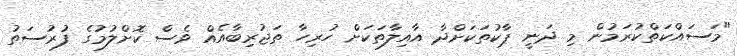
"މަސައްކަތްކުރަމުން މި ދަނީ ޕާކުތަކަށްދާ އާއިލާތަކަށް ހުރިހާ ތަޖުރިބާއެއް ވެސް ކޮށްލުމުގެ ފުރުސަތު